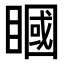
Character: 𥊞